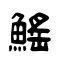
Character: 鰩